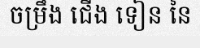
ចម្រឹង ជើង ទៀន នៃ